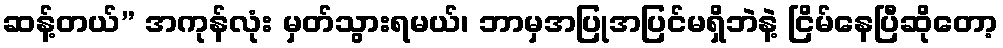
ဆန့်တယ်” အကုန်လုံး မှတ်သွားရမယ်၊ ဘာမှအပြုအပြင်မရှိဘဲနဲ့ ငြိမ်နေပြီဆိုတော့